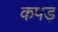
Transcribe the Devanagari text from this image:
कपड़